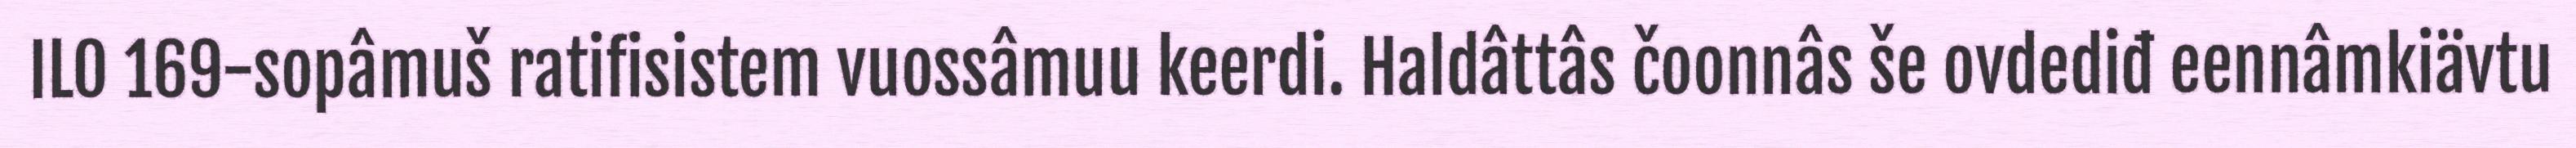
ILO 169-sopâmuš ratifisistem vuossâmuu keerdi. Haldâttâs čoonnâs še ovdediđ eennâmkiävtu